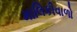
માલિકીવાળો